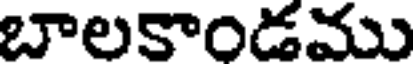
బాలకాండము